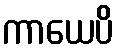
ကာယေပိ